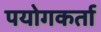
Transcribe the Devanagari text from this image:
पयोगकर्ता